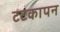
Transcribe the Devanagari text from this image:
टटकापन